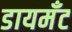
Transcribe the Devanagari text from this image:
डायमॅंट